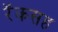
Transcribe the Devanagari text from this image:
रॅकसह